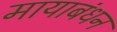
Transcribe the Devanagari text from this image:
मायाबंधन